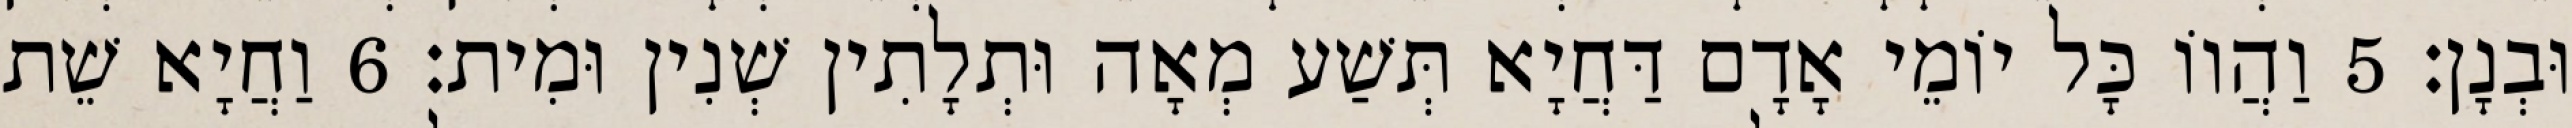
וּבְנָן׃ 5 וַהֲווֹ כָּל יוֹמֵי אָדָם דַּחֲיָא תְּשַׁע מְאָה וּתְלָתִין שְׁנִין וּמִית׃ 6 וַחֲיָא שֵׁת